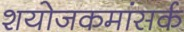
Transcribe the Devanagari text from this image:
शयोजकमांसर्क